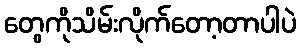
တွေကိုသိမ်းလိုက်တော့တာပါပဲ